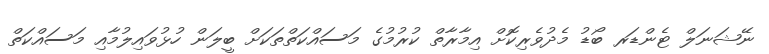
ނޭޝަނަލް ޓެންޑަރ ބޯޑު މެދުވެރިކޮށް އިމާރާތް ކުރުމުގެ މަސައްކަތްތަކަށް ބީލަން ހުޅުވައިލުމާއި މަސައްކަތް